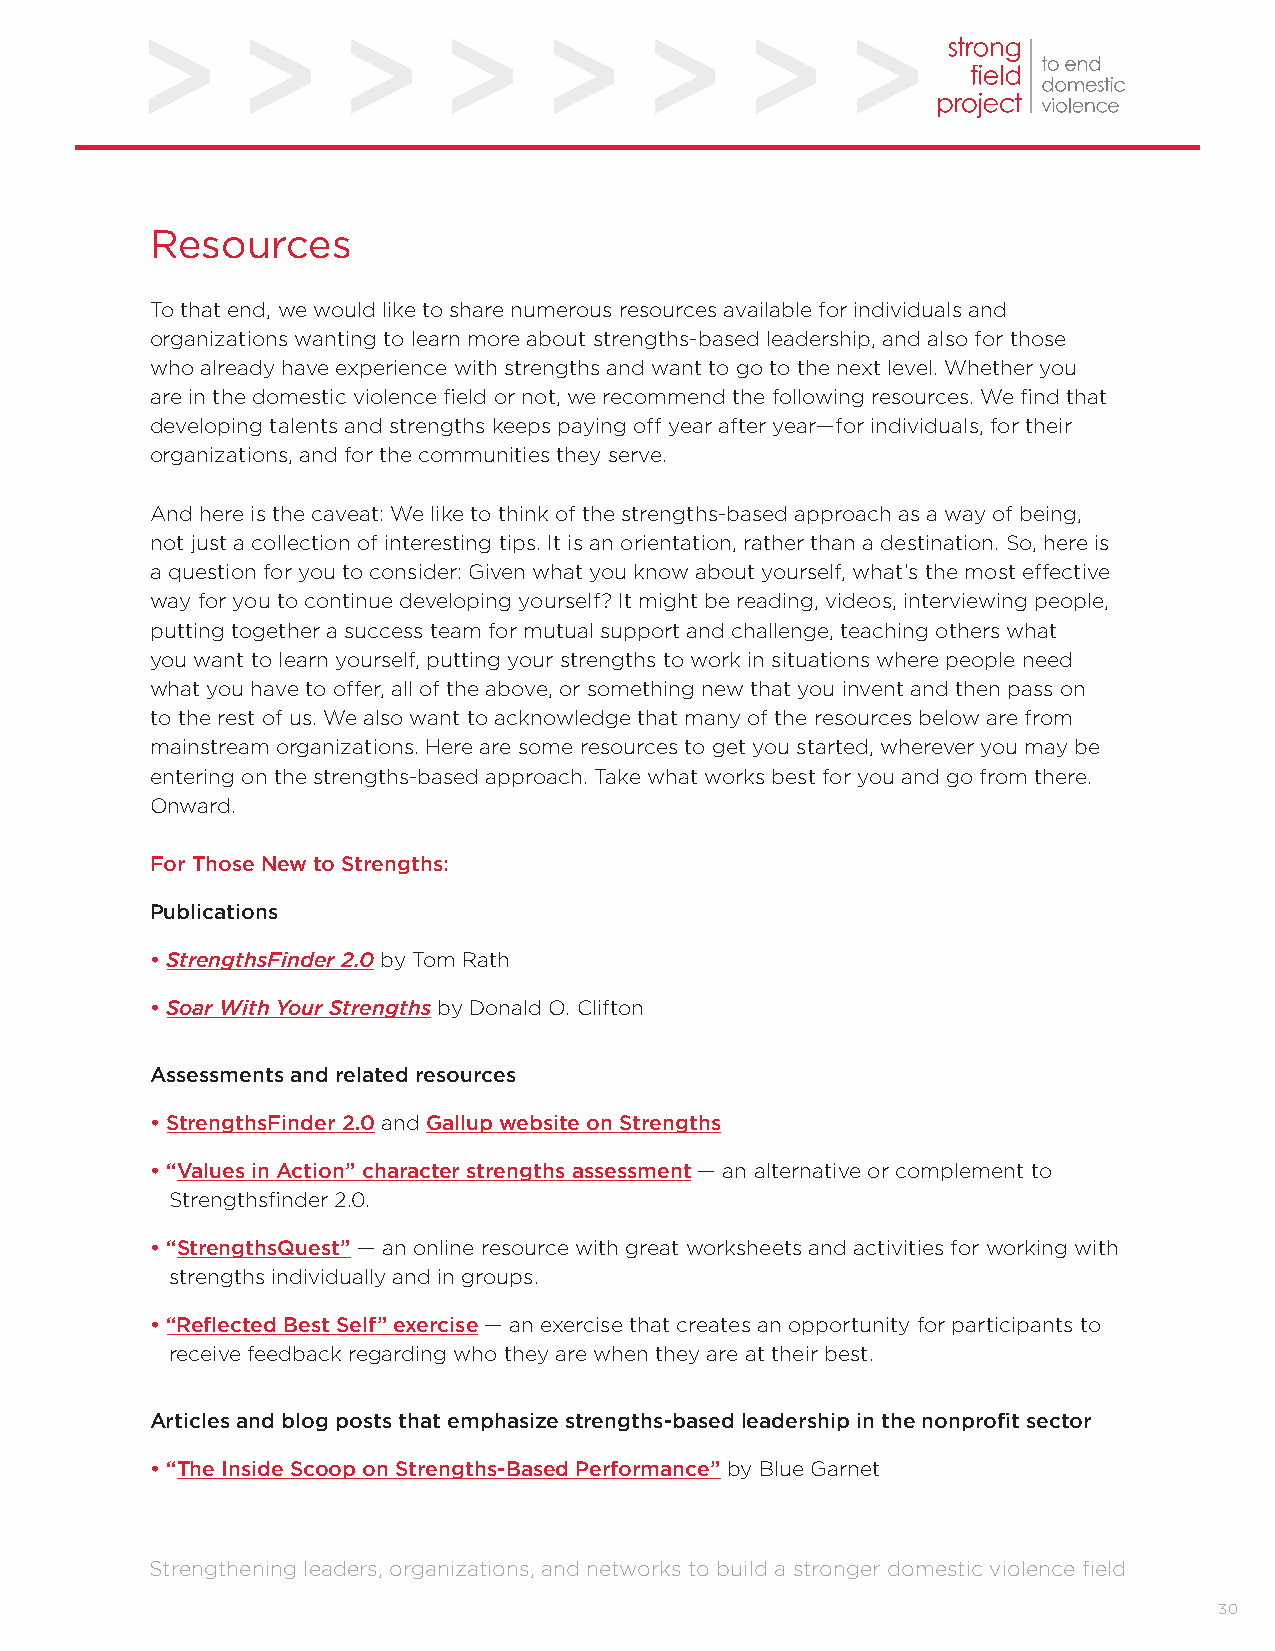
Resources
 To that end, we would like to share numerous resources available for individuals and
 organizations wanting to learn more about strengths-based leadership, and also for those
 who already have experience with strengths and want to go to the next level. Whether you
 are in the domestic violence field or not, we recommend the following resources. We find that
 developing talents and strengths keeps paying off year after year—for individuals, for their
 organizations, and for the communities they serve.
 And here is the caveat: We like to think of the strengths-based approach as a way of being,
 not just a collection of interesting tips. It is an orientation, rather than a destination. So, here is
 a question for you to consider: Given what you know about yourself, what’s the most effective
 way for you to continue developing yourself? It might be reading, videos, interviewing people,
 putting together a success team for mutual support and challenge, teaching others what
 you want to learn yourself, putting your strengths to work in situations where people need
 what you have to offer, all of the above, or something new that you invent and then pass on
 to the rest of us. We also want to acknowledge that many of the resources below are from
 mainstream organizations. Here are some resources to get you started, wherever you may be
 entering on the strengths-based approach. Take what works best for you and go from there.
 Onward.
 For Those New to Strengths:
 Publications
 • StrengthsFinder 2.0 by Tom Rath
 • Soar With Your Strengths by Donald O. Clifton
 Assessments and related resources
 • StrengthsFinder 2.0 and Gallup website on Strengths
 • “Values in Action” character strengths assessment — an alternative or complement to
 Strengthsfinder 2.0.
 • “StrengthsQuest” — an online resource with great worksheets and activities for working with
 strengths individually and in groups.
 • “Reflected Best Self” exercise — an exercise that creates an opportunity for participants to
 receive feedback regarding who they are when they are at their best.
 Articles and blog posts that emphasize strengths-based leadership in the nonprofit sector
 • “The Inside Scoop on Strengths-Based Performance” by Blue Garnet
 Strengthening leaders, organizations, and networks to build a stronger domestic violence field
 30